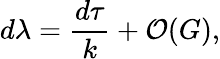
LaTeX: d\lambda=\frac{d\tau}{k}+{\cal O}(G),